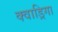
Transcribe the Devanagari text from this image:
क्वाड्रिगा